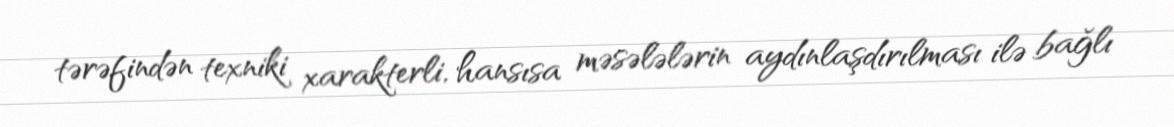
tərəfindən texniki xarakterli, hansısa məsələlərin aydınlaşdırılması ilə bağlı